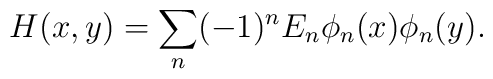
H(x,y)=\sum_n(-1)^nE_n\phi_n(x)\phi_n(y).